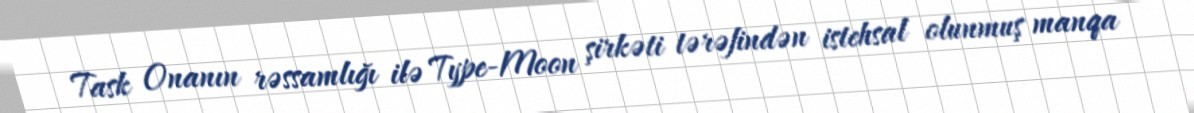
Task Onanın rəssamlığı ilə Type-Moon şirkəti tərəfindən istehsal olunmuş manqa